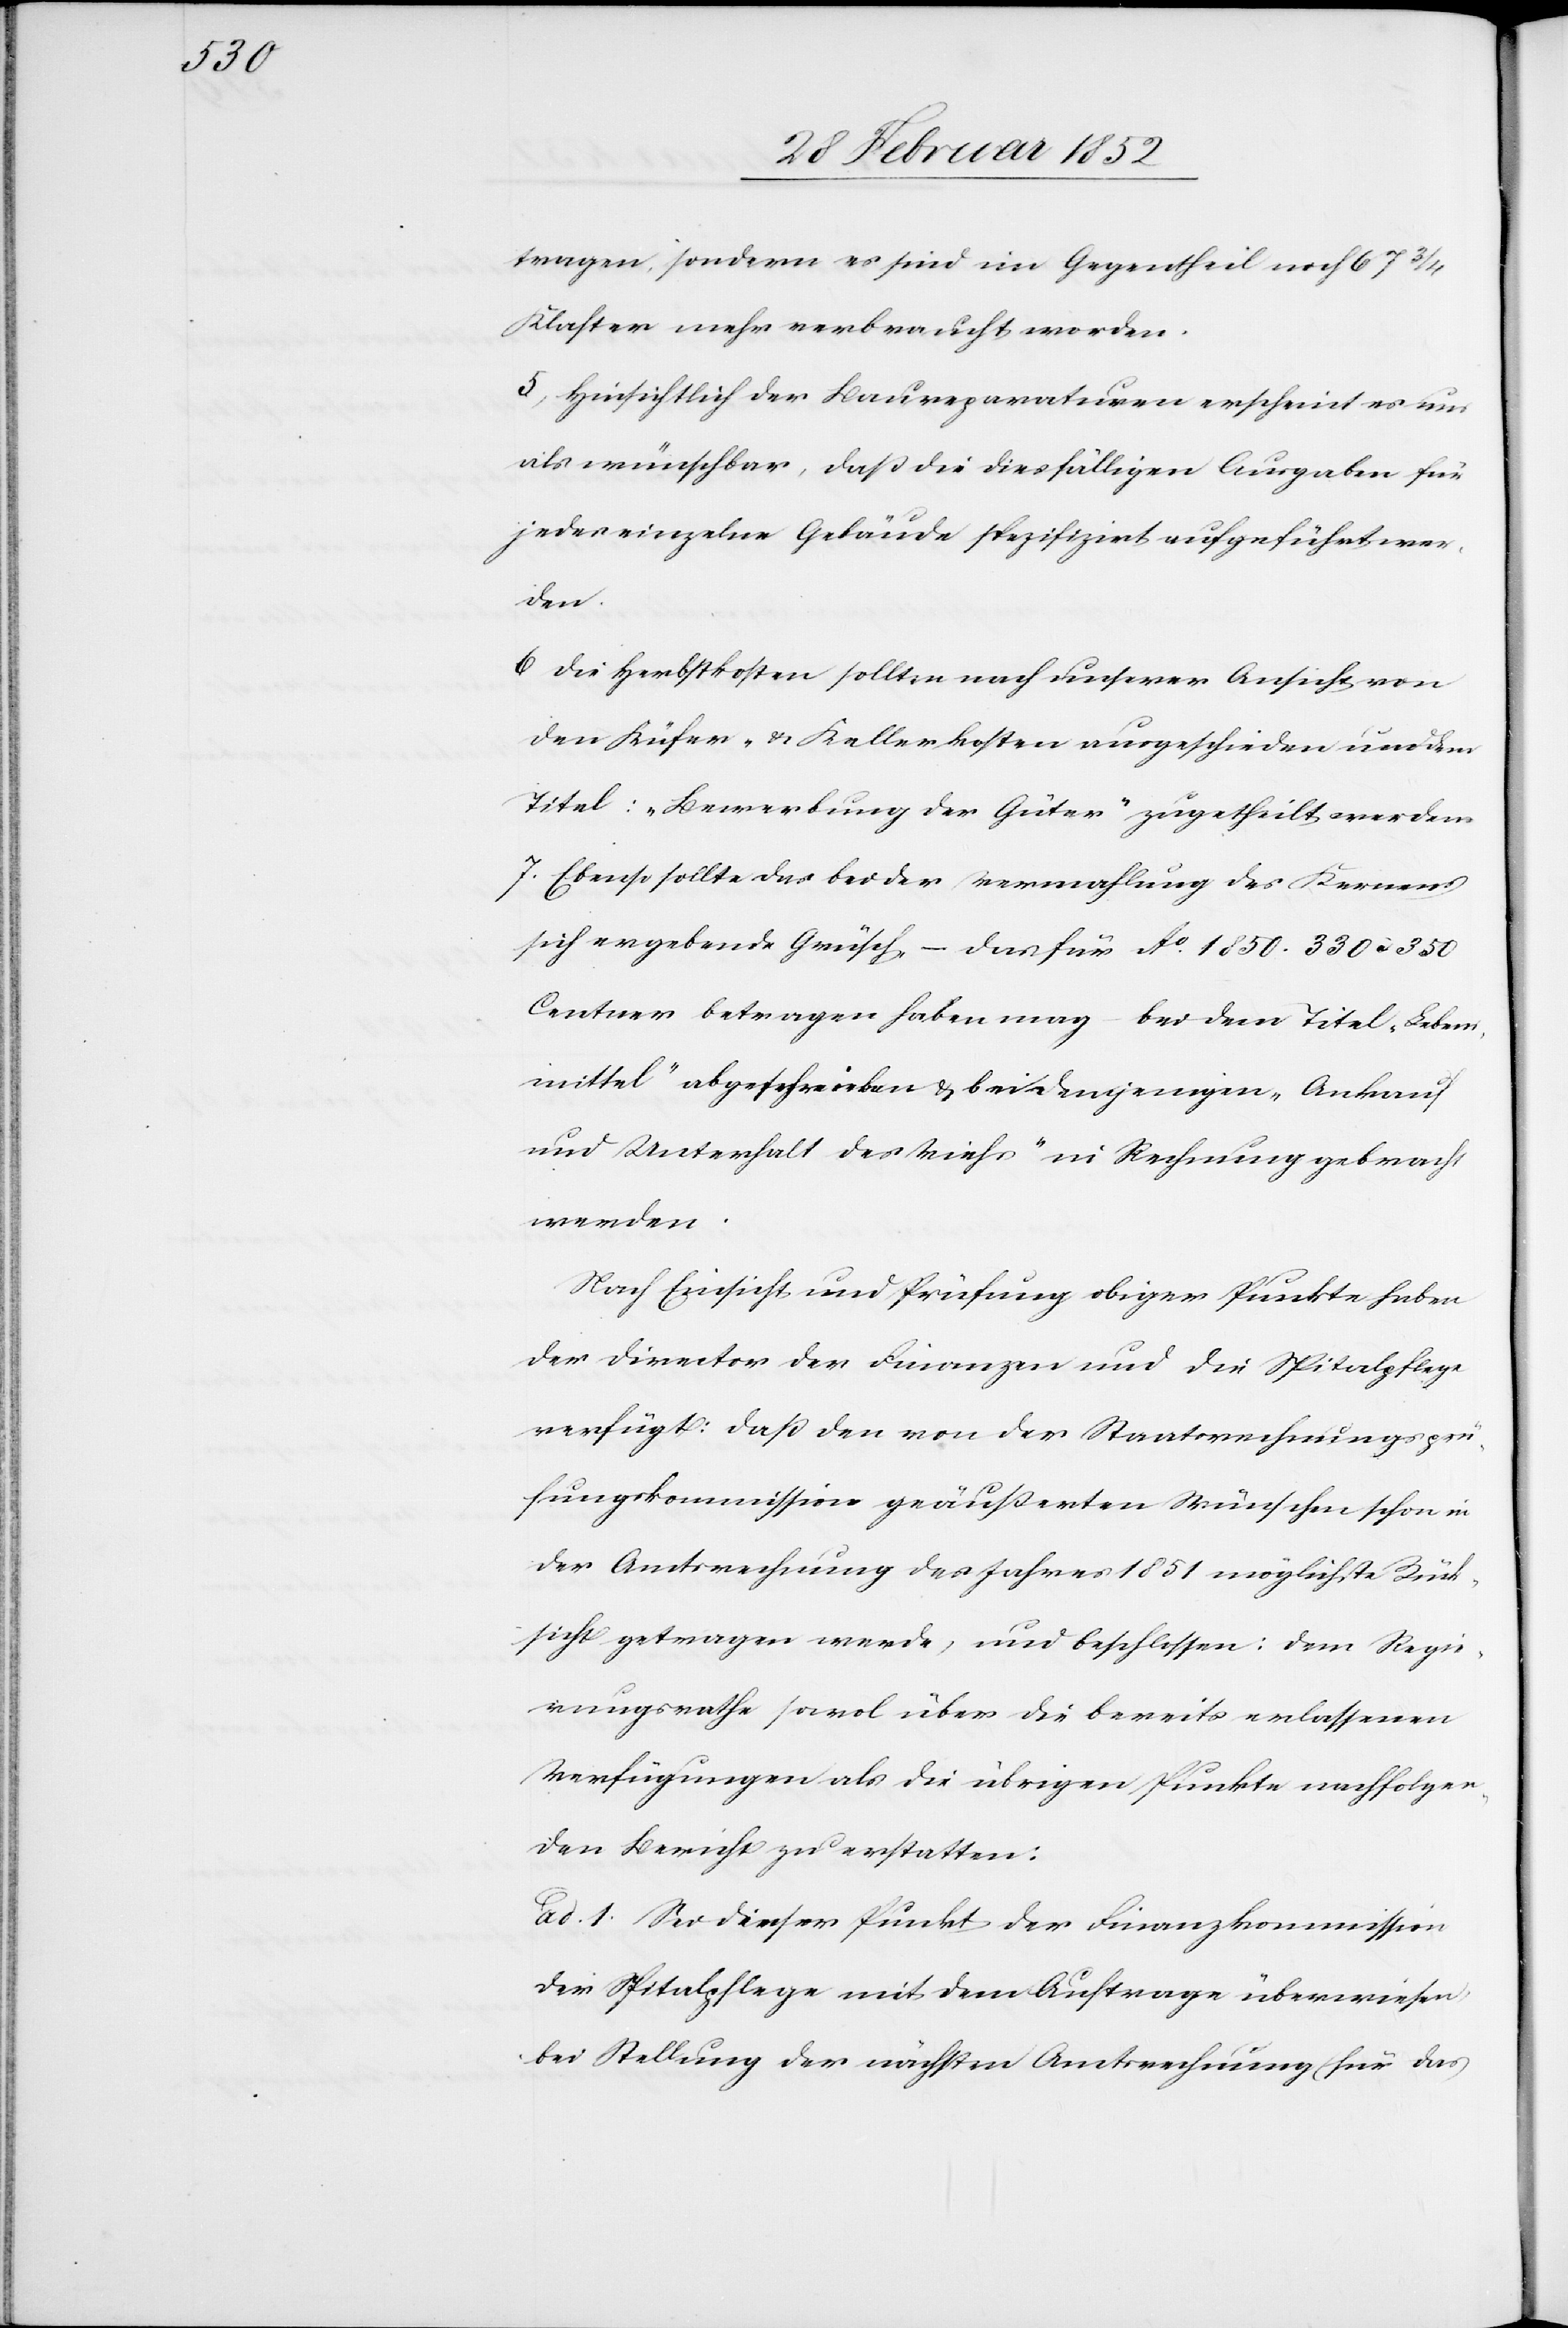
tragen, sondern es sind im Gegentheil noch 67 3/4
Klafter mehr verbraucht worden.
5) Hinsichtlich der Baureparaturen erscheint es nun
als wünschbar, daß die dießfälligen Ausgaben für
jedes einzelne Gebäude spezifizirt aufgeführt wer¬
den.
6) Die Herbstkosten sollten nach unserer Ansicht von
den Küfer- u. Kellerkosten ausgeschieden und dem
Titel: „Bewerbung der Güter“ zugetheilt werden.
7. Ebenso sollte das bei der Vermahlung des Kernens
sich ergebende Grüsch – das für Ao. 1850. 330 à 350
Centner betragen haben mag – bei dem Titel „Lebens¬
mittel“ abgeschrieben u. bei demjenigen „Ankauf
und Unterhalt des Viehs“ in Rechnung gebracht
werden.
Nach Einsicht und Prüfung obiger Punkte haben
der Director der Finanzen und die Spitalpflege
verfügt: Daß den von der Staatsrechnungsprü¬
fungskommission geäußerten Wünschen schon in
der Amtsrechnung des Jahres 1851 möglichste Rück¬
sicht getragen werde, und beschlossen: Dem Regie¬
rungsrathe sowo[h]l über die bereits erlassenen
Verfügungen als die übrigen Punkte nachfolgen¬
den Bericht zu erstatten:
ad. 1. Sei dieser Punkt der Finanzkommission
der Spitalpflege mit dem Auftrage überwiesen,
bei Stellung der nächsten Amtsrechnung (für das